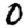
Digit: 0